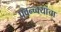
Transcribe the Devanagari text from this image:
पवन्च्क्यांचा